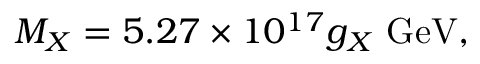
M _ { X } = 5 . 2 7 \times 1 0 ^ { 1 7 } g _ { X } \mathrm { ~ G e V } ,